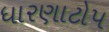
ધારણાટોપ